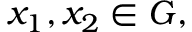
x _ { 1 } , x _ { 2 } \in G ,